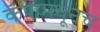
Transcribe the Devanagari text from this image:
कॅपामधूनच